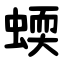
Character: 蝡